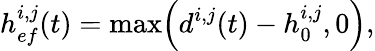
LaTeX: h_{ef}^{i,j}(t)=\operatorname*{max}\Bigl(d^{i,j}(t)-h_{0}^{i,j},0\Bigr),